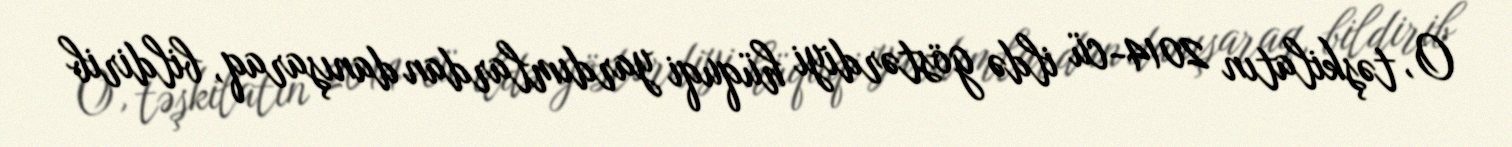
O, təşkilatın 2014-cü ildə göstərdiyi hüquqi yardımlardan danışaraq, bildirib